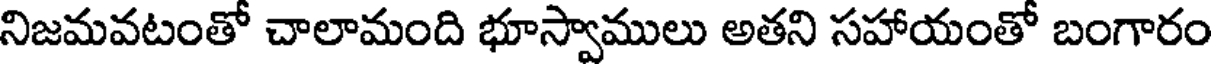
నిజమవటంతో చాలామంది భూస్వాములు అతని సహాయంతో బంగారం